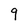
Character: q